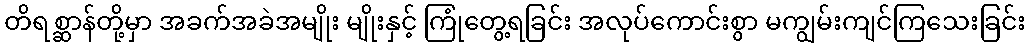
တိရစ္ဆာန်တို့မှာ အခက်အခဲအမျိုး မျိုးနှင့် ကြုံတွေ့ရခြင်း အလုပ်ကောင်းစွာ မကျွမ်းကျင်ကြသေးခြင်း